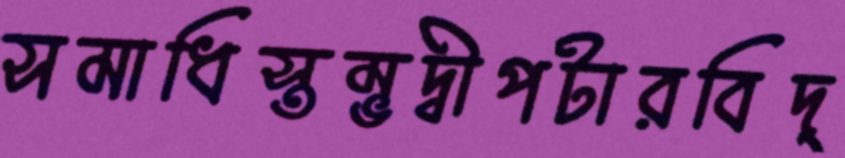
সমাধিস্তম্ভদ্বীপটারবিদ্